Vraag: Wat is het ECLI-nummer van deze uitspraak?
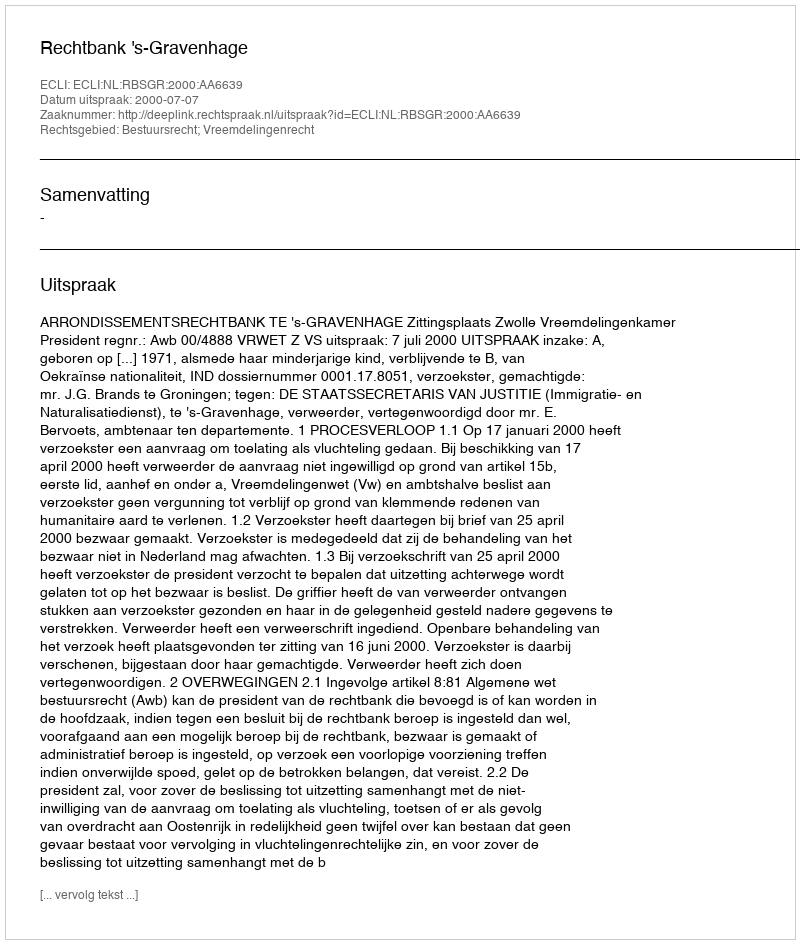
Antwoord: ECLI:NL:RBSGR:2000:AA6639